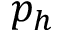
p _ { h }